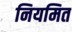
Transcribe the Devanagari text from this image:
नियमित